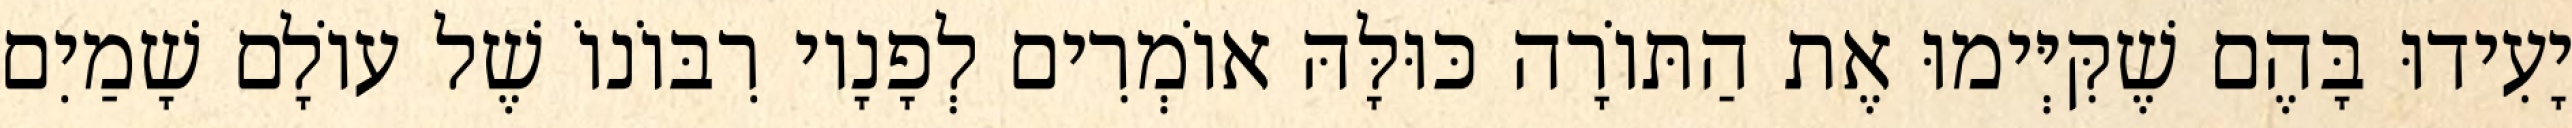
יָעִידוּ בָּהֶם שֶׁקִּיְּימוּ אֶת הַתּוֹרָה כּוּלָּהּ אוֹמְרִים לְפָנָיו רִבּוֹנוֹ שֶׁל עוֹלָם שָׁמַיִם